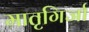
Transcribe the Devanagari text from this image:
मातृगिर्जा